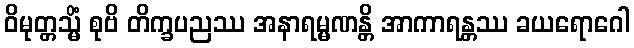
ဝိမုတ္တသ္မိံ စုဗိ တိက္ခပညဿ အနာရမ္မဏန္တိ အာကာရန္တဿ ခယရောဂေါ